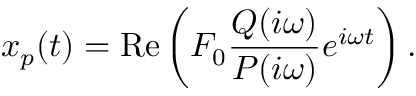
x _ { p } ( t ) = \operatorname { R e } \left( F _ { 0 } { \frac { Q ( i \omega ) } { P ( i \omega ) } } e ^ { i \omega t } \right) .